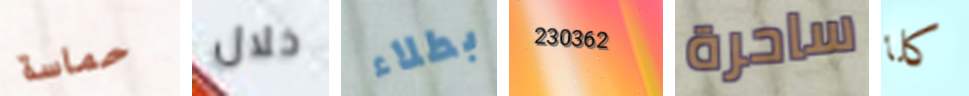
حماسة خلال بطلاء 230362 ساحرة كلا